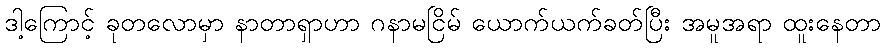
ဒါ့ကြောင့် ခုတလောမှာ နာတာရှာဟာ ဂနာမငြိမ် ယောက်ယက်ခတ်ပြီး အမူအရာ ထူးနေတာ